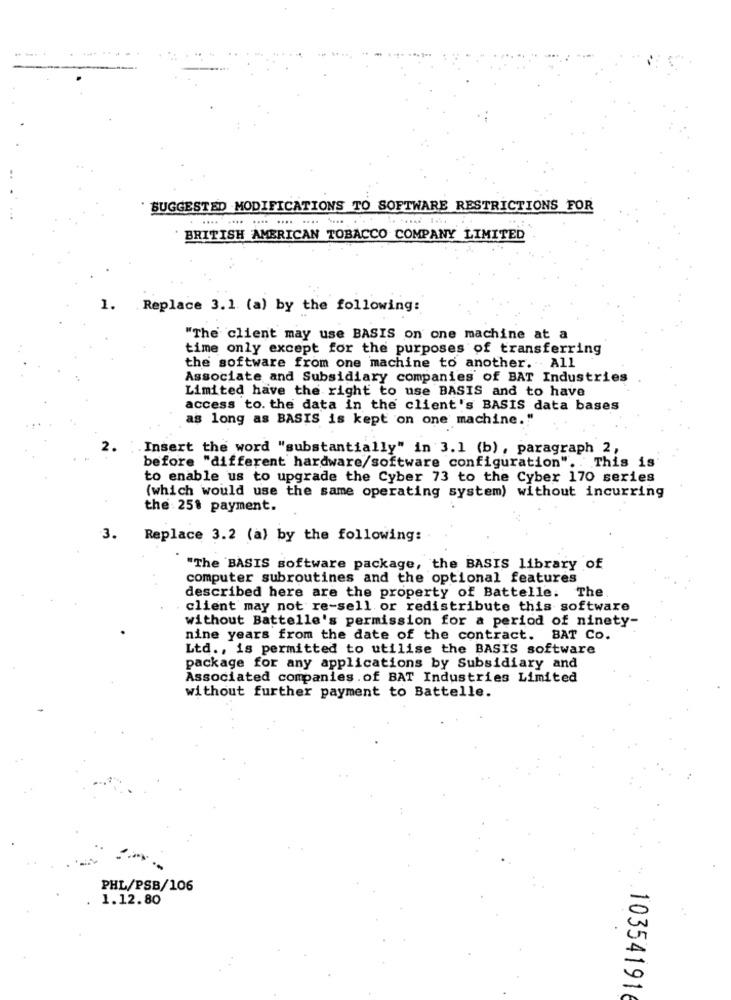
SUGGESTED MODIFICATIONS TO SOFTWARE RESTRICTIONS FOR
.... .... ... .... .... .......
BRITISH AMERICAN TOBACCO COMPANY LIMITED
1. Replace 3.1 (a) by the following:
"The client may use BASIS on one machine at a
time only except for the purposes of transferring
the software from one machine to another. All
Associate and Subsidiary companies of BAT Industries
Limited have the right to use BASIS and to have
access to. the data in the client's BASIS data bases
as long as BASIS is kept on one machine."
.Insert the word "substantially" in 3.1 (b), paragraph 2,
This is
before "different hardware/software configuration".
to enable us to upgrade the Cyber 73 to the Cyber 170 series
(which would use the same operating system) without incurring
the : 25% payment.
3.
Replace 3.2 (a) by the following:
"The BASIS software package, the BASIS library of
computer subroutines and the optional features
described here are the property of Battelle. The
client may not re-sell or redistribute this software
without Battelle's permission for a period of ninety-
nine years from the date of the contract. BAT Co.
Ltd ., is permitted to utilise the BASIS software
package for any applications by Subsidiary and
Associated companies .of BAT Industries Limited
without further payment to Battelle.
PHL/PSB/106
1.12.80
10354191